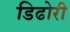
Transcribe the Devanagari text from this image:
डिढोरी